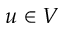
u \in V